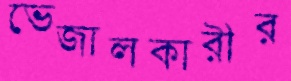
ভেজালকারীর